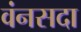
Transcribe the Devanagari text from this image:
वंनसदा